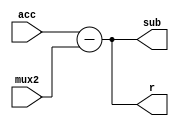
module Sub(
  input [32:0] acc,
  input [32:0] mux2,
  output reg [32:0] sub,
  output reg signed [32:0] r
);

always @ (acc or mux2)
begin
  sub = acc - mux2;
  r = sub;              //restul este ultimul rezultat al scaderii
end
endmodule